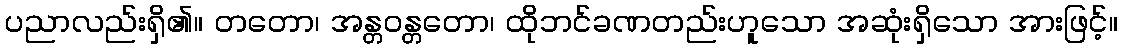
ပညာလည်းရှိ၏။ တတော၊ အန္တဝန္တတော၊ ထိုဘင်ခဏတည်းဟူသော အဆုံးရှိသော အားဖြင့်။